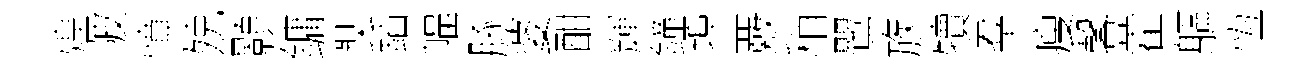
煌陂憤殑顥鏞奘鍤幅䐁婆酣輝鐘埠覈稍鸎族犢羣瘦馨藿軀恆